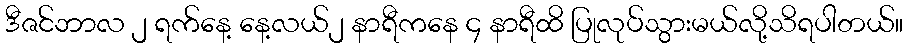
ဒီဇင်ဘာလ ၂ ရက်နေ့ နေ့လယ်၂ နာရီကနေ ၄ နာရီထိ ပြုလုပ်သွားမယ်လို့သိရပါတယ်။